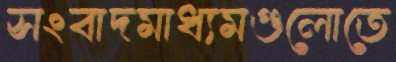
সংবাদমাধ্যমগুলোতে